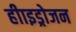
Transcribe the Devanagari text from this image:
हीाइड्रोजन